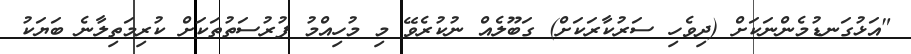
"އަޅުގަނޑުމެންނަކަށް (ދިވެހި ސަރުކާރަކަށް) ގަބޫލެއް ނުކުރެވޭ މި މުހިއްމު ފުރުސަތުތަކަށް ކުރިމަތިލާނެ ބަޔަކު